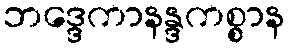
ဘဒ္ဒေကာနန္ဒကစ္စာန